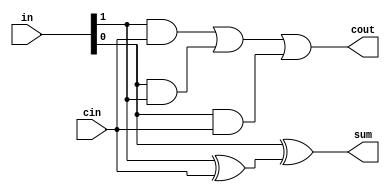
module full_adder(
    in, cin, sum, cout
);

    input [1:0] in;
    input cin;
    output sum, cout;
    assign sum = in[0] ^ (in[1] ^ cin);
    assign cout = (in[1] & cin) | (in[0] & in[1]) | (in[0] & cin);
    
endmodule